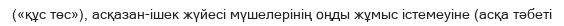
(«құс төс»), асқазан-ішек жүйесі мүшелерінің оңды жұмыс істемеуіне (асқа тәбеті